Annual report of the Punjab Veterinary College and of the Civil Veterinary Department, Punjab - 1926-1932
Year: 1926
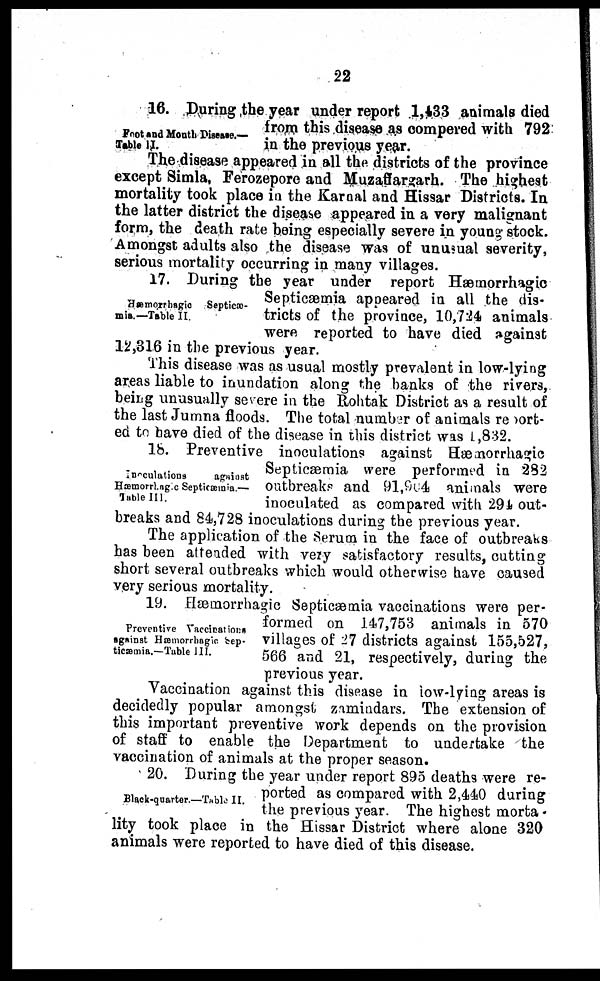
22
Foot and Mouth Disease.-—
Table II.
16. During the year under report 1,433 animals died
from this disease as compered with 792
in the previous year.
The disease appeared in all the districts of the province
except Simla. Ferozepore and Muzaffargarh. The highest
mortality took place in the Karnal and Hissar Districts. In
the latter district the disease appeared in a very malignant
form, the death rate being especially severe in young stock.
Amongst adults also the disease was of unusual severity,
serious mortality occurring in many villages.
Hæmorrhagic
Septicæ-
mia.—Table II.
17. During the year under report Hæmorrhagic
Septicæmia appeared in all the dis-
tricts of the province, 10,724 animals
were reported to have died against
12,316 in the previous year.
This disease was as usual mostly prevalent in low-lying
areas liable to inundation along the banks of the rivers,
being unusually severe in the Rohtak District as a result of
the last Jumna floods. The total number of animals report-
ed to have died of the disease in this district was 1,832.
Inoculations
against
Hæmorrhagc Septicæmia.—
Table III.
18. Preventive inoculations against Hæmorrhagic
Septicæmia were performed in 282
outbreaks and 91,904 animals were
inoculated as compared with 294 out-
breaks and 84,728 inoculations during the previous year.
The application of the Serum in the face of outbreaks
has been attended with very satisfactory results, cutting
short several outbreaks which would otherwise have caused
very serious mortality.
Preventive Vaccinations
against Hæmorrhagic Sep-
ticæmia.—Table III.
19. Hæmorrhagic Septicæmia vaccinations were per-
formed on 147,753 animals in 570
villages of 27 districts against 155,527,
566 and 21, respectively, during the
previous year.
Vaccination against this disease in low-lying areas is
decidedly popular amongst zamindars. The extension of
this important preventive work depends on the provision
of staff to enable the Department to undertake the
vaccination of animals at the proper season.
Black-quarter.—Table II.
20. During the year under report 895 deaths were re-
ported as compared with 2,440 during
the previous year. The highest morta-
lity took place in the Hissar District where alone 320
animals were reported to have died of this disease.